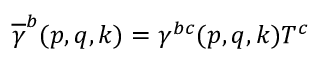
\overline { { { \gamma } } } ^ { b } ( p , q , k ) = \gamma ^ { b c } ( p , q , k ) T ^ { c }